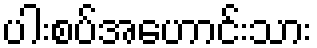
ပါးစပ်အဟောင်းသား